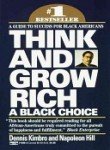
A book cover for Think & Grow Rich: A Black Choice; Napoleon; Kimbro, Dennis Paul Hill; Business & Money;